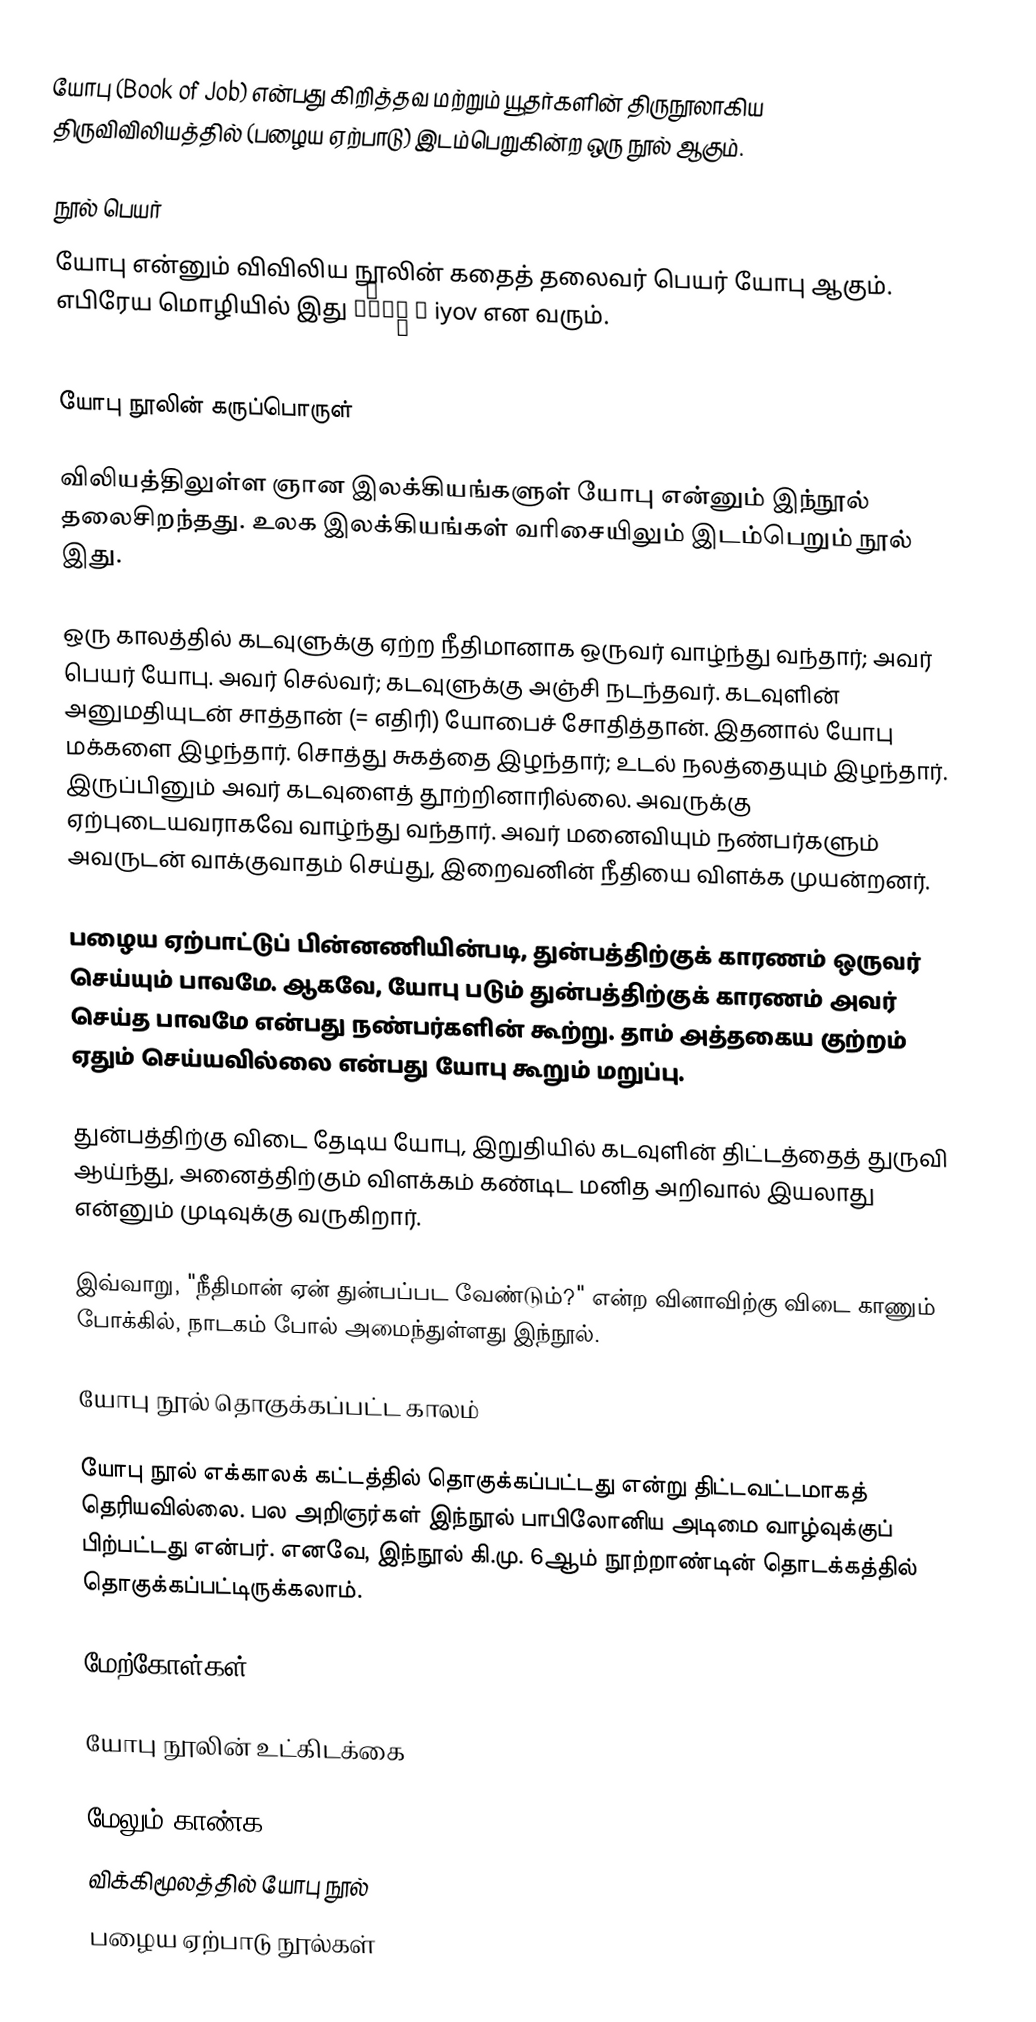
யோபு (Book of Job) என்பது கிறித்தவ மற்றும் யூதர்களின் திருநூலாகிய திருவிவிலியத்தில் (பழைய ஏற்பாடு) இடம்பெறுகின்ற ஒரு நூல் ஆகும்.

நூல் பெயர்
யோபு என்னும் விவிலிய நூலின் கதைத் தலைவர் பெயர் யோபு ஆகும். எபிரேய மொழியில் இது  אִיוֹב ʾ iyov என வரும்.

யோபு நூலின் கருப்பொருள்

விலியத்திலுள்ள ஞான இலக்கியங்களுள் யோபு என்னும் இந்நூல் தலைசிறந்தது. உலக இலக்கியங்கள் வரிசையிலும் இடம்பெறும் நூல் இது.

ஒரு காலத்தில் கடவுளுக்கு ஏற்ற நீதிமானாக ஒருவர் வாழ்ந்து வந்தார்; அவர் பெயர் யோபு. அவர் செல்வர்; கடவுளுக்கு அஞ்சி நடந்தவர். கடவுளின் அனுமதியுடன் சாத்தான் (= எதிரி) யோபைச் சோதித்தான். இதனால் யோபு மக்களை இழந்தார். சொத்து சுகத்தை இழந்தார்; உடல் நலத்தையும் இழந்தார். இருப்பினும் அவர் கடவுளைத் தூற்றினாரில்லை. அவருக்கு ஏற்புடையவராகவே வாழ்ந்து வந்தார். அவர் மனைவியும் நண்பர்களும் அவருடன் வாக்குவாதம் செய்து, இறைவனின் நீதியை விளக்க முயன்றனர்.

பழைய ஏற்பாட்டுப் பின்னணியின்படி, துன்பத்திற்குக் காரணம் ஒருவர் செய்யும் பாவமே. ஆகவே, யோபு படும் துன்பத்திற்குக் காரணம் அவர் செய்த பாவமே என்பது நண்பர்களின் கூற்று. தாம் அத்தகைய குற்றம் ஏதும் செய்யவில்லை என்பது யோபு கூறும் மறுப்பு.

துன்பத்திற்கு விடை தேடிய யோபு, இறுதியில் கடவுளின் திட்டத்தைத் துருவி ஆய்ந்து, அனைத்திற்கும் விளக்கம் கண்டிட மனித அறிவால் இயலாது என்னும் முடிவுக்கு வருகிறார்.

இவ்வாறு, "நீதிமான் ஏன் துன்பப்பட வேண்டும்?" என்ற வினாவிற்கு விடை காணும் போக்கில், நாடகம் போல் அமைந்துள்ளது இந்நூல்.

யோபு நூல் தொகுக்கப்பட்ட காலம்

யோபு நூல் எக்காலக் கட்டத்தில் தொகுக்கப்பட்டது என்று திட்டவட்டமாகத் தெரியவில்லை. பல அறிஞர்கள் இந்நூல் பாபிலோனிய அடிமை வாழ்வுக்குப் பிற்பட்டது என்பர். எனவே, இந்நூல் கி.மு. 6ஆம் நூற்றாண்டின் தொடக்கத்தில் தொகுக்கப்பட்டிருக்கலாம்.

மேற்கோள்கள்

யோபு நூலின் உட்கிடக்கை

மேலும் காண்க
விக்கிமூலத்தில் யோபு நூல்
பழைய ஏற்பாடு நூல்கள்